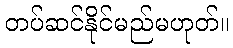
တပ်ဆင်နိုင်မည်မဟုတ်။